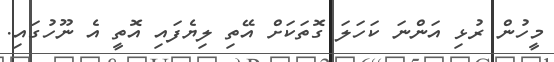
މީހުން ރުޅި އަންނަ ކަހަލަ ގޮތަކަށް އޭތި ލިޔެފައި އޮތީ އެ ނޫހުގައި.